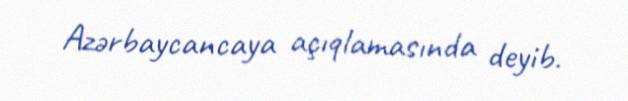
Azərbaycancaya açıqlamasında deyib.